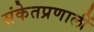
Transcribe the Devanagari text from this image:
संकेतप्रणालीं